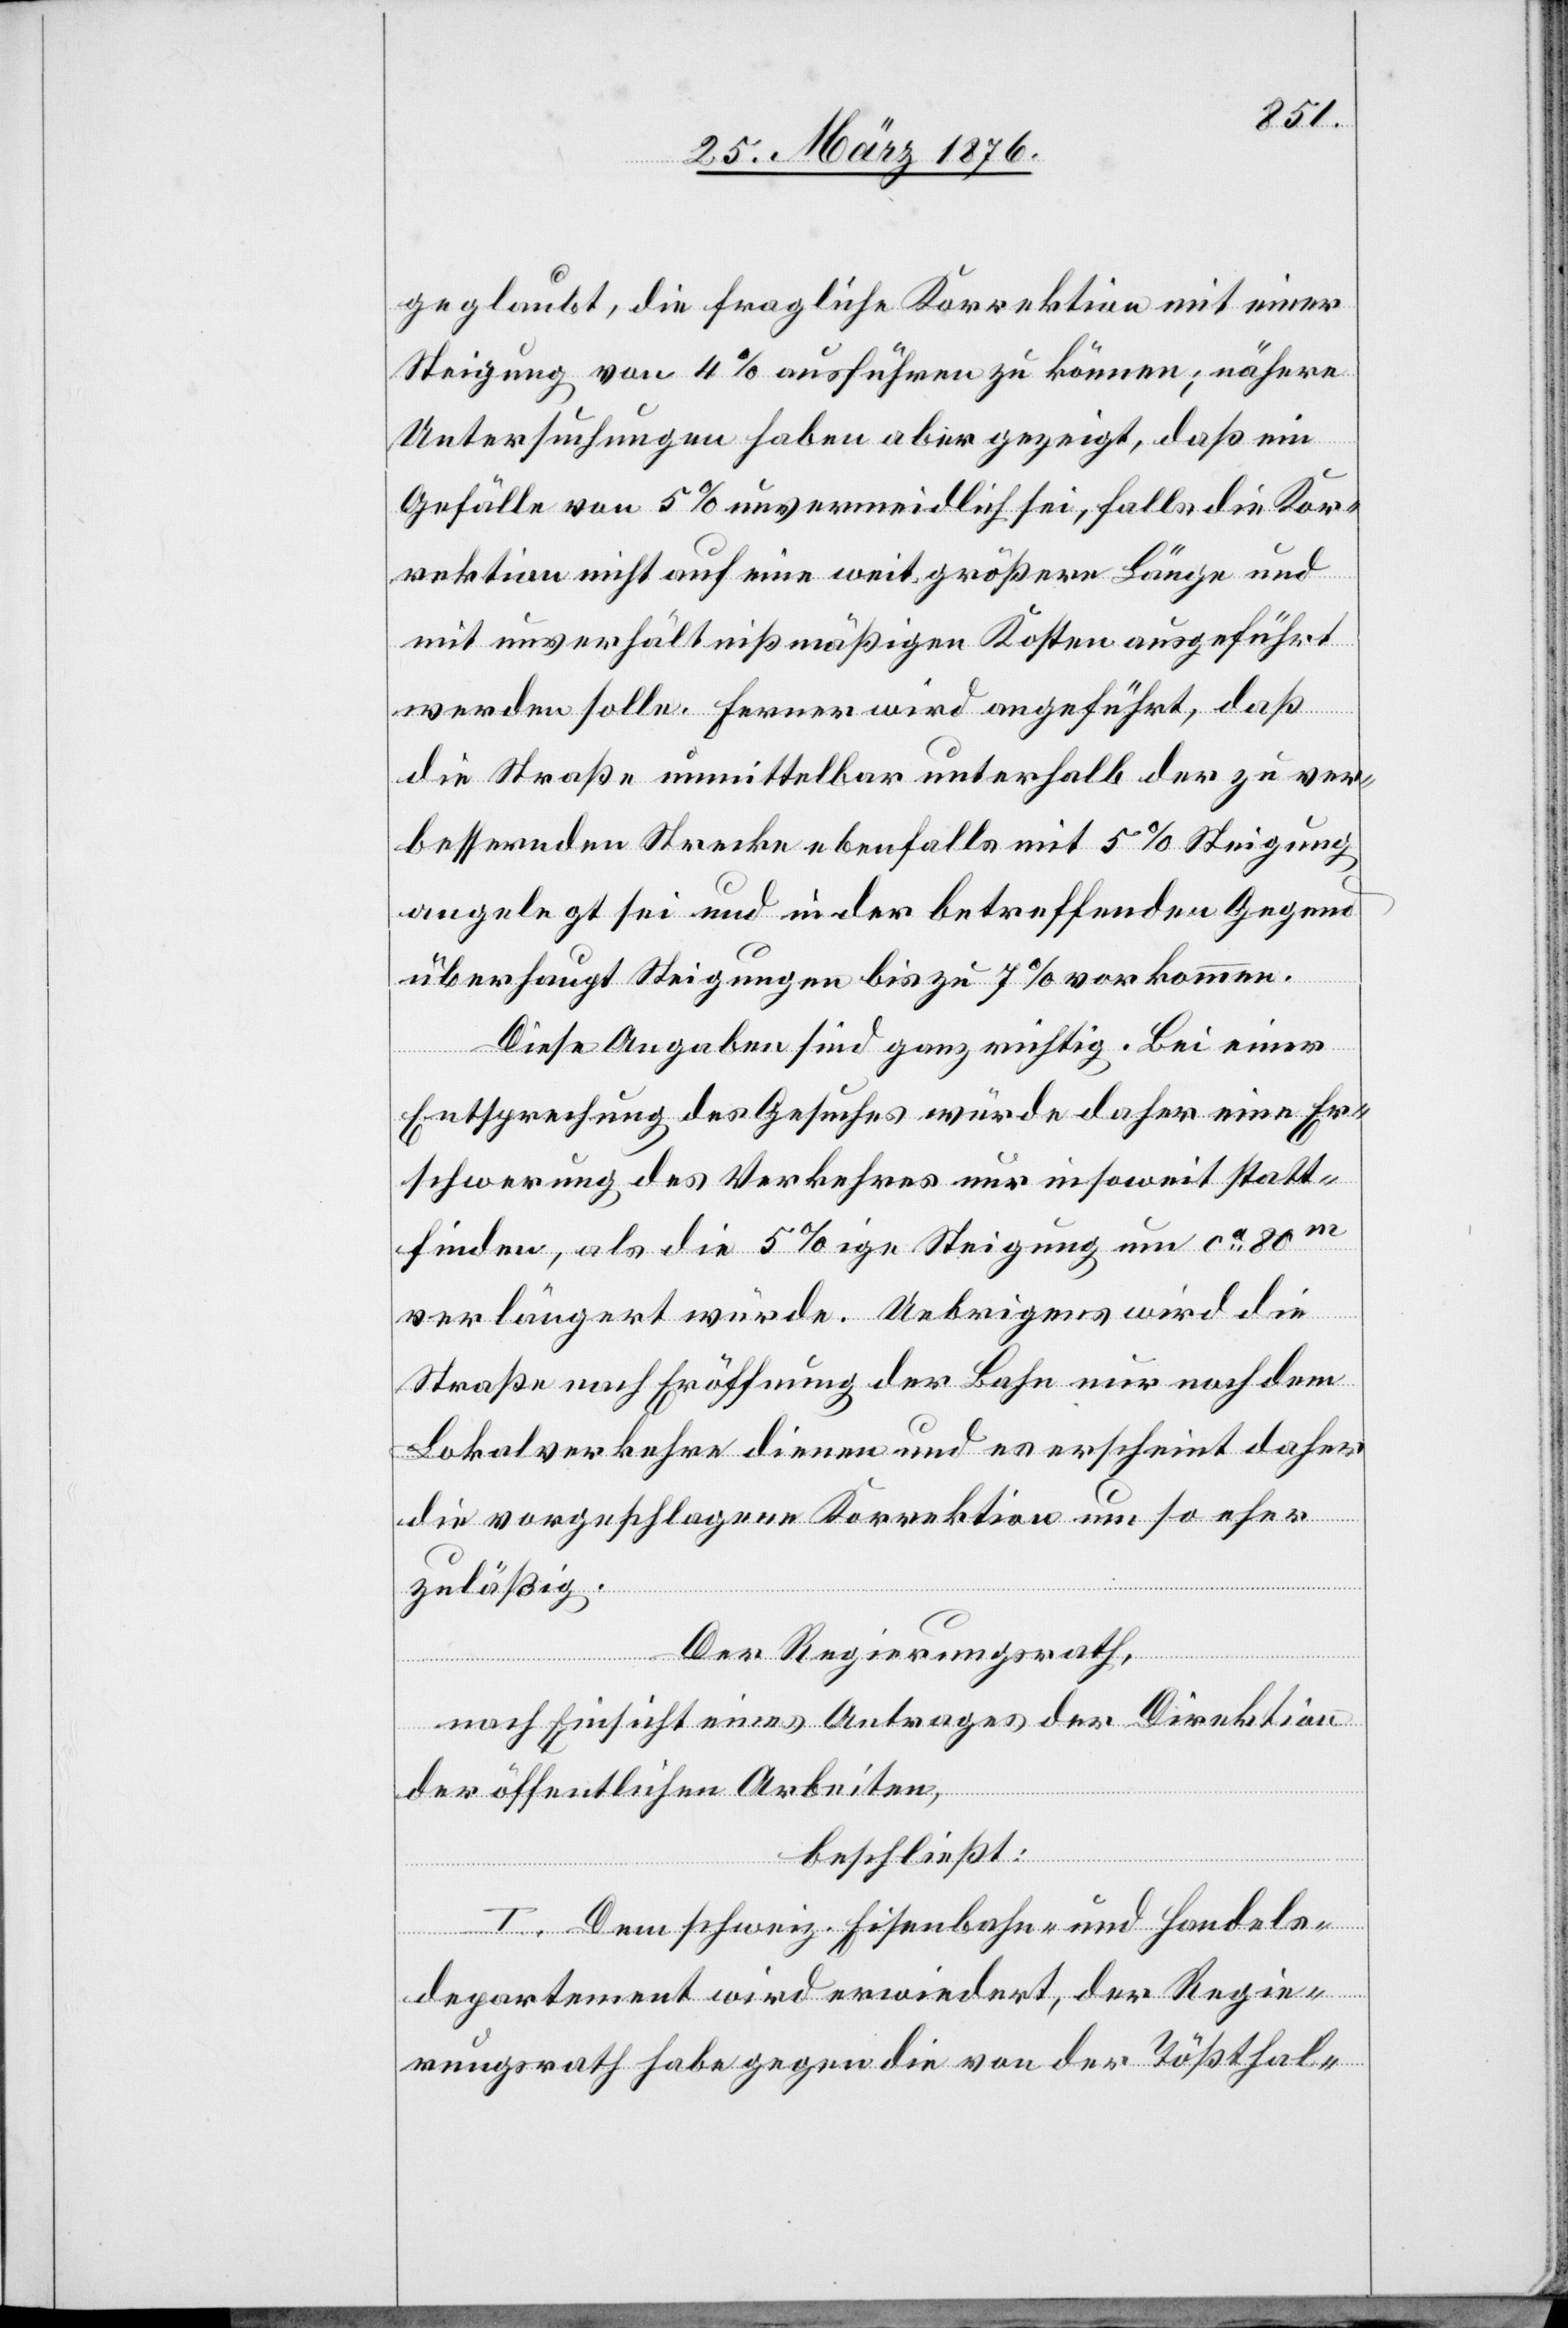
geglaubt, die fragliche Korrektion mit einer
Steigung von 4 % ausführen zu können; nähere
Untersuchungen haben aber gezeigt, daß ein
Gefälle von 5 % unvermeidlich sei, falls die Kor¬
rektion nicht auf eine weit größere Länge und
mit unverhältnißmäßigen Kosten ausgeführt
werden solle. Ferner wird angeführt, daß
die Straße unmittelbar unterhalb der zu ver¬
bessernden Strecke ebenfalls mit 5 % Steigung
angelegt sei und in der betreffenden Gegend
überhaupt Steigungen bis zu 7 % vorkommen.
Diese Angaben sind ganz richtig. Bei einer
Entsprechung des Gesuches würde daher eine Er¬
schwerung des Verkehres nur insoweit statt¬
finden, als die 5 %ige Steigung um ca 80m
verlängert würde. Uebrigens wird die
Straße nach Eröffnung der Bahn nur noch dem
Lokalverkehre dienen und es erscheint daher
die vorgeschlagene Korrektion um so eher
zuläßig.
Der Regierungsrath,
nach Einsicht eines Antrages der Direktion
der öffentlichen Arbeiten,
beschließt:
I. Dem schweiz. Eisenbahn- und Handels¬
departement wird erwiedert, der Regie¬
rungsrath habe gegen die von der Tößthal-